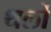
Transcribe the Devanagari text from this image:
थर्लो